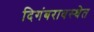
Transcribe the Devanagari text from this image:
दिगंबरावस्थेत